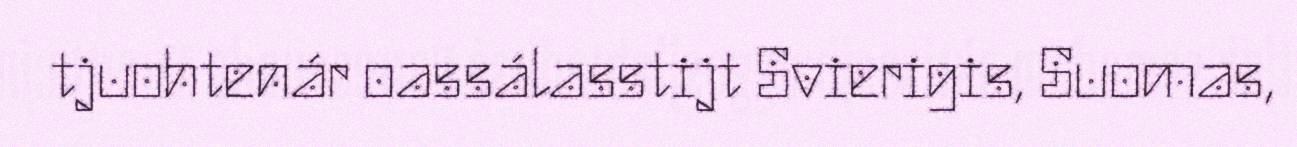
tjuohtenár oassálasstijt Svierigis, Suomas,